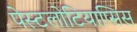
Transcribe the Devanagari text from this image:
पेस्टलोटियाप्सिस